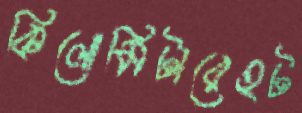
কিলোমিটারেহট